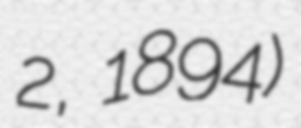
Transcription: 2, 1894)